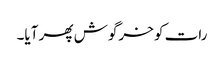
رات کو خرگوش پھر آیا۔